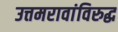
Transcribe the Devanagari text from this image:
उत्तमरावांविरुद्ध